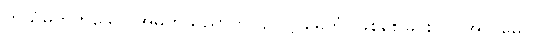
ကိုယ်မဟုတ်သော အမှတ်သညာကို။ ဥပဋ္ဌာမေတုံ၊ ဖြစ်စေခြင်းငှာ။ အလမေဝ၊